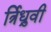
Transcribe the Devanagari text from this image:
र्त्रिध्रुवी